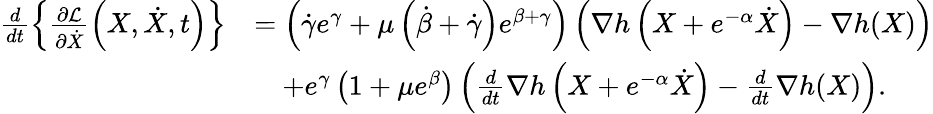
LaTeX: \begin{array}{rl}{\frac{d}{dt}\left\{ \frac{\partial\mathcal{L}}{\partial\dot{X}}\left(X,\dot{X},t\right)\right\} }&{=\left(\dot{\gamma}e^{\gamma}+\mu\left(\dot{\beta}+\dot{\gamma}\right)e^{\beta+\gamma}\right)\left(\nabla h\left(X+e^{-\alpha}\dot{X}\right)-\nabla h(X)\right)}\\ &{\quad+e^{\gamma}\left(1+\mu e^{\beta}\right)\left(\frac{d}{dt}\nabla h\left(X+e^{-\alpha}\dot{X}\right)-\frac{d}{dt}\nabla h(X)\right).}\end{array}